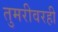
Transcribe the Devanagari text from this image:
तुमरीवरही